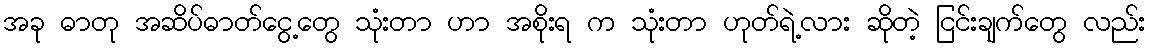
အခု ဓာတု အဆိပ်ဓာတ်ငွေ့တွေ သုံးတာ ဟာ အစိုးရ က သုံးတာ ဟုတ်ရဲ့လား ဆိုတဲ့ ငြင်းချက်တွေ လည်း